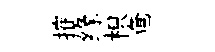
搉缘枳奄